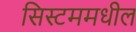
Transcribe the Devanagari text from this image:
सिस्टममधील